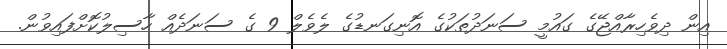
އިން ދިވެހިރާއްޖޭގެ ގައުމީ ސަނަދުތަކުގެ އޮނިގަނޑުގެ ލެވެލް 9 ގެ ސަނަދެއް ހާސިލުކޮށްފައިވުން.